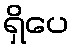
ရှိပေ